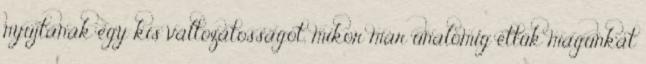
nyújtanak egy kis változatosságot, mikor már unalomig ettük magunkat